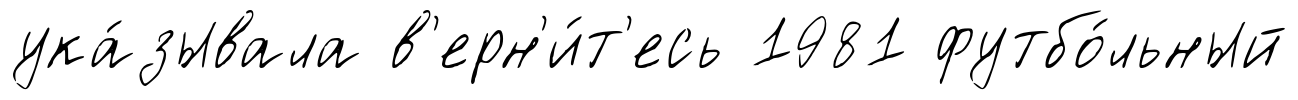
ука́зывала в'ерн'и́т'есь 1981 футбо́льный